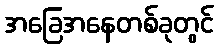
အခြေအနေတစ်ခုတွင်